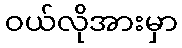
ဝယ်လိုအားမှာ